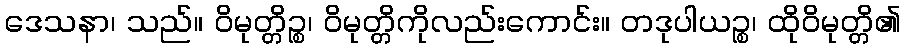
ဒေသနာ၊ သည်။ ဝိမုတ္တိဉ္စ၊ ဝိမုတ္တိကိုလည်းကောင်း။ တဒုပါယဉ္စ၊ ထိုဝိမုတ္တိ၏